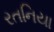
રતનિયા